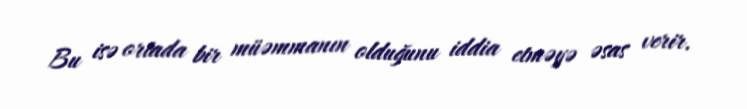
Bu isə ortada bir müəmmanın olduğunu iddia etməyə əsas verir.